Punjab Mental Hospital Lahore 1932-46 - 1932-1946
Year: 1932
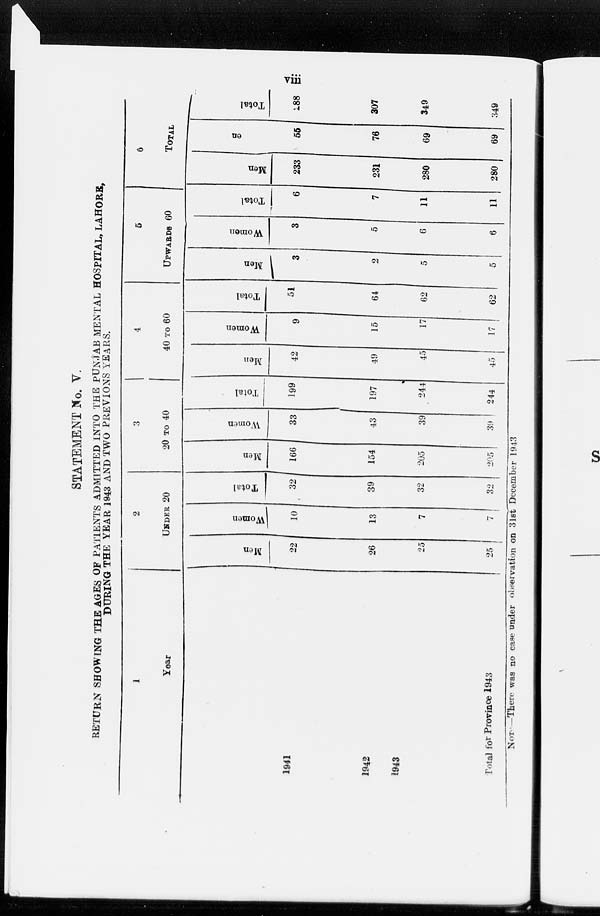
viii
STATEMENT No. V.
RETURN SHOWING THE AGES OF PATIENTS ADMITTED INTO THE PUNJAB MENTAL HOSPITAL, LAHORE,
DURING
THE
YEAR
1943
AND
TWO PREVIONS YEARS.
1
Year
1941
1942
1943
Total for Province 1943
2
UNDER 20
Men
22
26
25
25
Women
10
13
7
7
Total
32
39
32
32
3
20 TO 40
Men
166
154
205
205
Women
33
43
39
39
Total
199
197
244
244
4
40 TO 60
Men
42
49
45
45
Women
9
15
17
17
Total
51
64
62
62
5
UPWARDS 60
Men
3
2
5
5
Women
3
5
6
6
Total
6
7
11
11
6
TOTAL
Men
233
231
280
280
Women
55
76
69
69
Total
188
307
349
349
NOTE —There was no case under observation on 31st December 1943